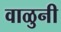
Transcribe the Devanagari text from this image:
वाळुनी